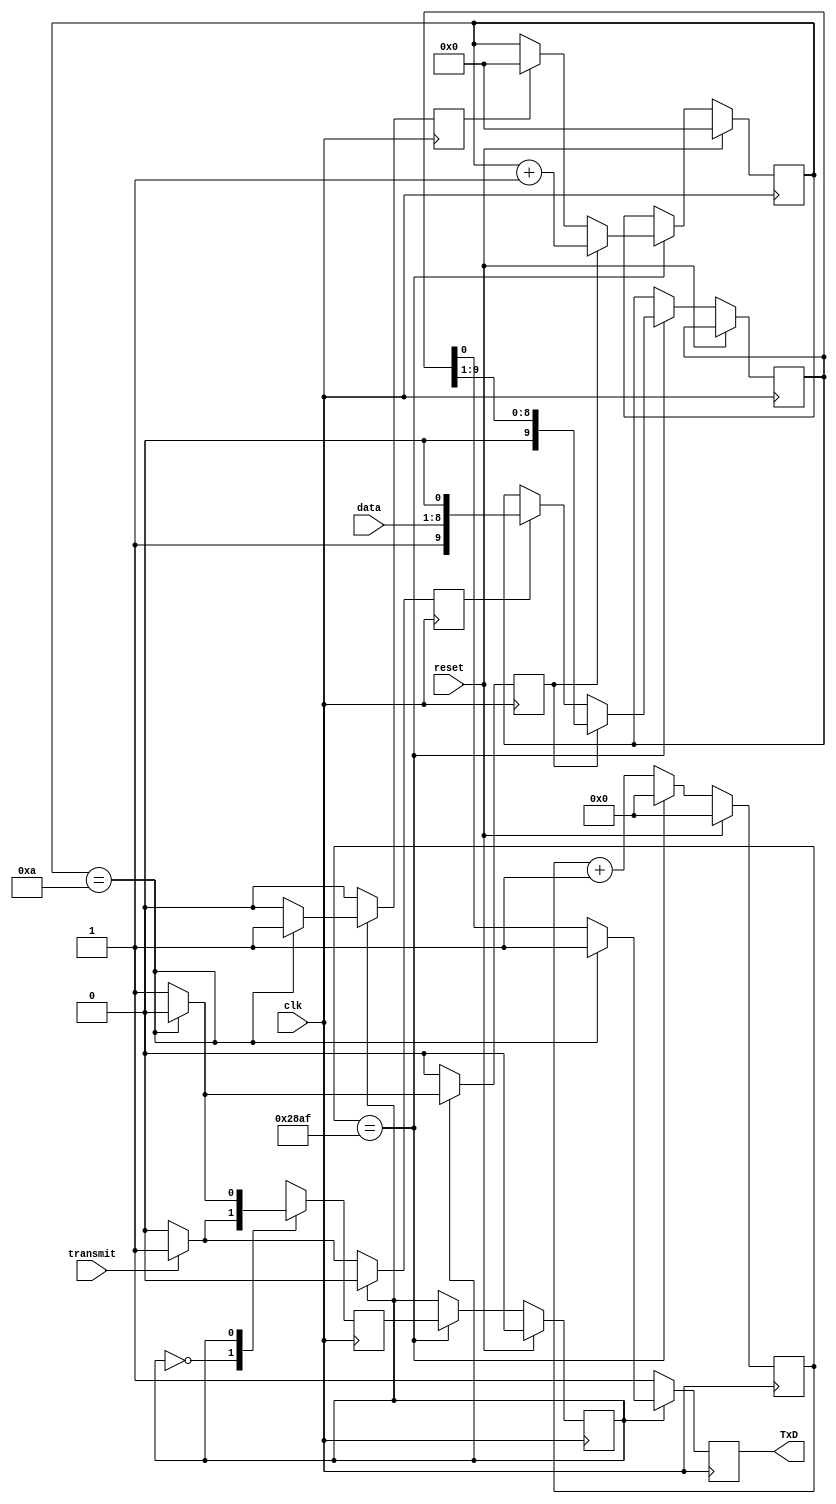
`timescale 1ns / 1ps
//////////////////////////////////////////////////////////////////////////////////
// Company: 
// Engineer: 
// 
// Design Name: 
// Module Name: Transmitter
// Project Name: 
// Target Devices: 
// Tool Versions: 
// Description: 
// 
// Dependencies: 
// 
// Revision:
// Revision 0.01 - File Created
// Additional Comments:
// 
//////////////////////////////////////////////////////////////////////////////////


module Transmitter(
    input clk,
    input reset,
    input transmit,
    input [7:0] data, 
    output reg TxD
    );
    
    //internal variables
    
    reg [3:0] bit_counter; // Counter to count the 10 bits
    reg [13:0] baudrate_counter; // 10,415, counter = clock (100 Mhz) / BR (9600)
    reg [9:0] shiftright_register; //10 bits that will be serially teansmitted through UART to the Basys
    reg state, next_state; // idle mode and transmitting mode
    reg shift; // shift signal to start shifting the bits in the UART
    reg load; //load signal to start loading data into the shiftright register, and add start and stop bits
    reg clear; // reset the bit_counter for UART tranmission
   
   
    //UART transmitter 
    
    always @(posedge clk)
    begin
    if (reset)
   begin
   state<=0; // state is idle
   bit_counter <= 0; //counter for bit transmission is reseet to 0
   baudrate_counter <= 0;
   end
   else 
   begin
   baudrate_counter <= baudrate_counter +1;
   if (baudrate_counter == 10415)
   begin
   state <= next_state; // state changes from idle to transmitting
   baudrate_counter <= 0;// resetting counter
   if (load) // if load is asserted
   shiftright_register <={1'b1, data, 1'b0}; // the data is loaded into the the register, 10-bits
   if(clear) // if clear is asserted
   bit_counter <= 0;
   if (shift) // if shift signal is asserted
   begin
   shiftright_register <= shiftright_register >> 1; // start shifting the dataand transmiitting bit by bit
   bit_counter<= bit_counter + 1;
   end
   end
   end
   end
   
   
   // maley mechine, state mehince
   always @(posedge clk)
   begin
   load <= 0;// setting load equal to 0
   shift <= 0;
   clear <= 0;
   TxD <= 1; // when set to 1, there is no transmission in progress
   
   
   case(state) // idle state
   0: begin
   if (transmit) 
   begin
   next_state <= 1;// it moves/swiches to tranmission state
   load <= 1;
   shift<=0;
   clear <=0;
   end
   else 
   begin 
   next_state <= 0;
   TxD <= 1;
   end
   end
   
   1: begin  // transmitting state
   if (bit_counter == 10)
   begin
   next_state <=0;
   clear <= 1; // clear all the counters
   end
   else
   begin
   next_state <= 1;
   TxD <= shiftright_register[0];
   shift <= 1;// continue shifting the data, new bits arreives at the RMB
   end
   end
   default: next_state <=0;
   endcase
   end
   
   
   
    
endmodule